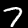
Label: 7